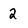
Character: 2